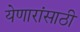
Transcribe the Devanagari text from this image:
येणारांसाठी